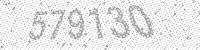
Solution: 579130